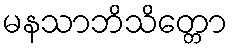
မနသာဘိသိတ္တော